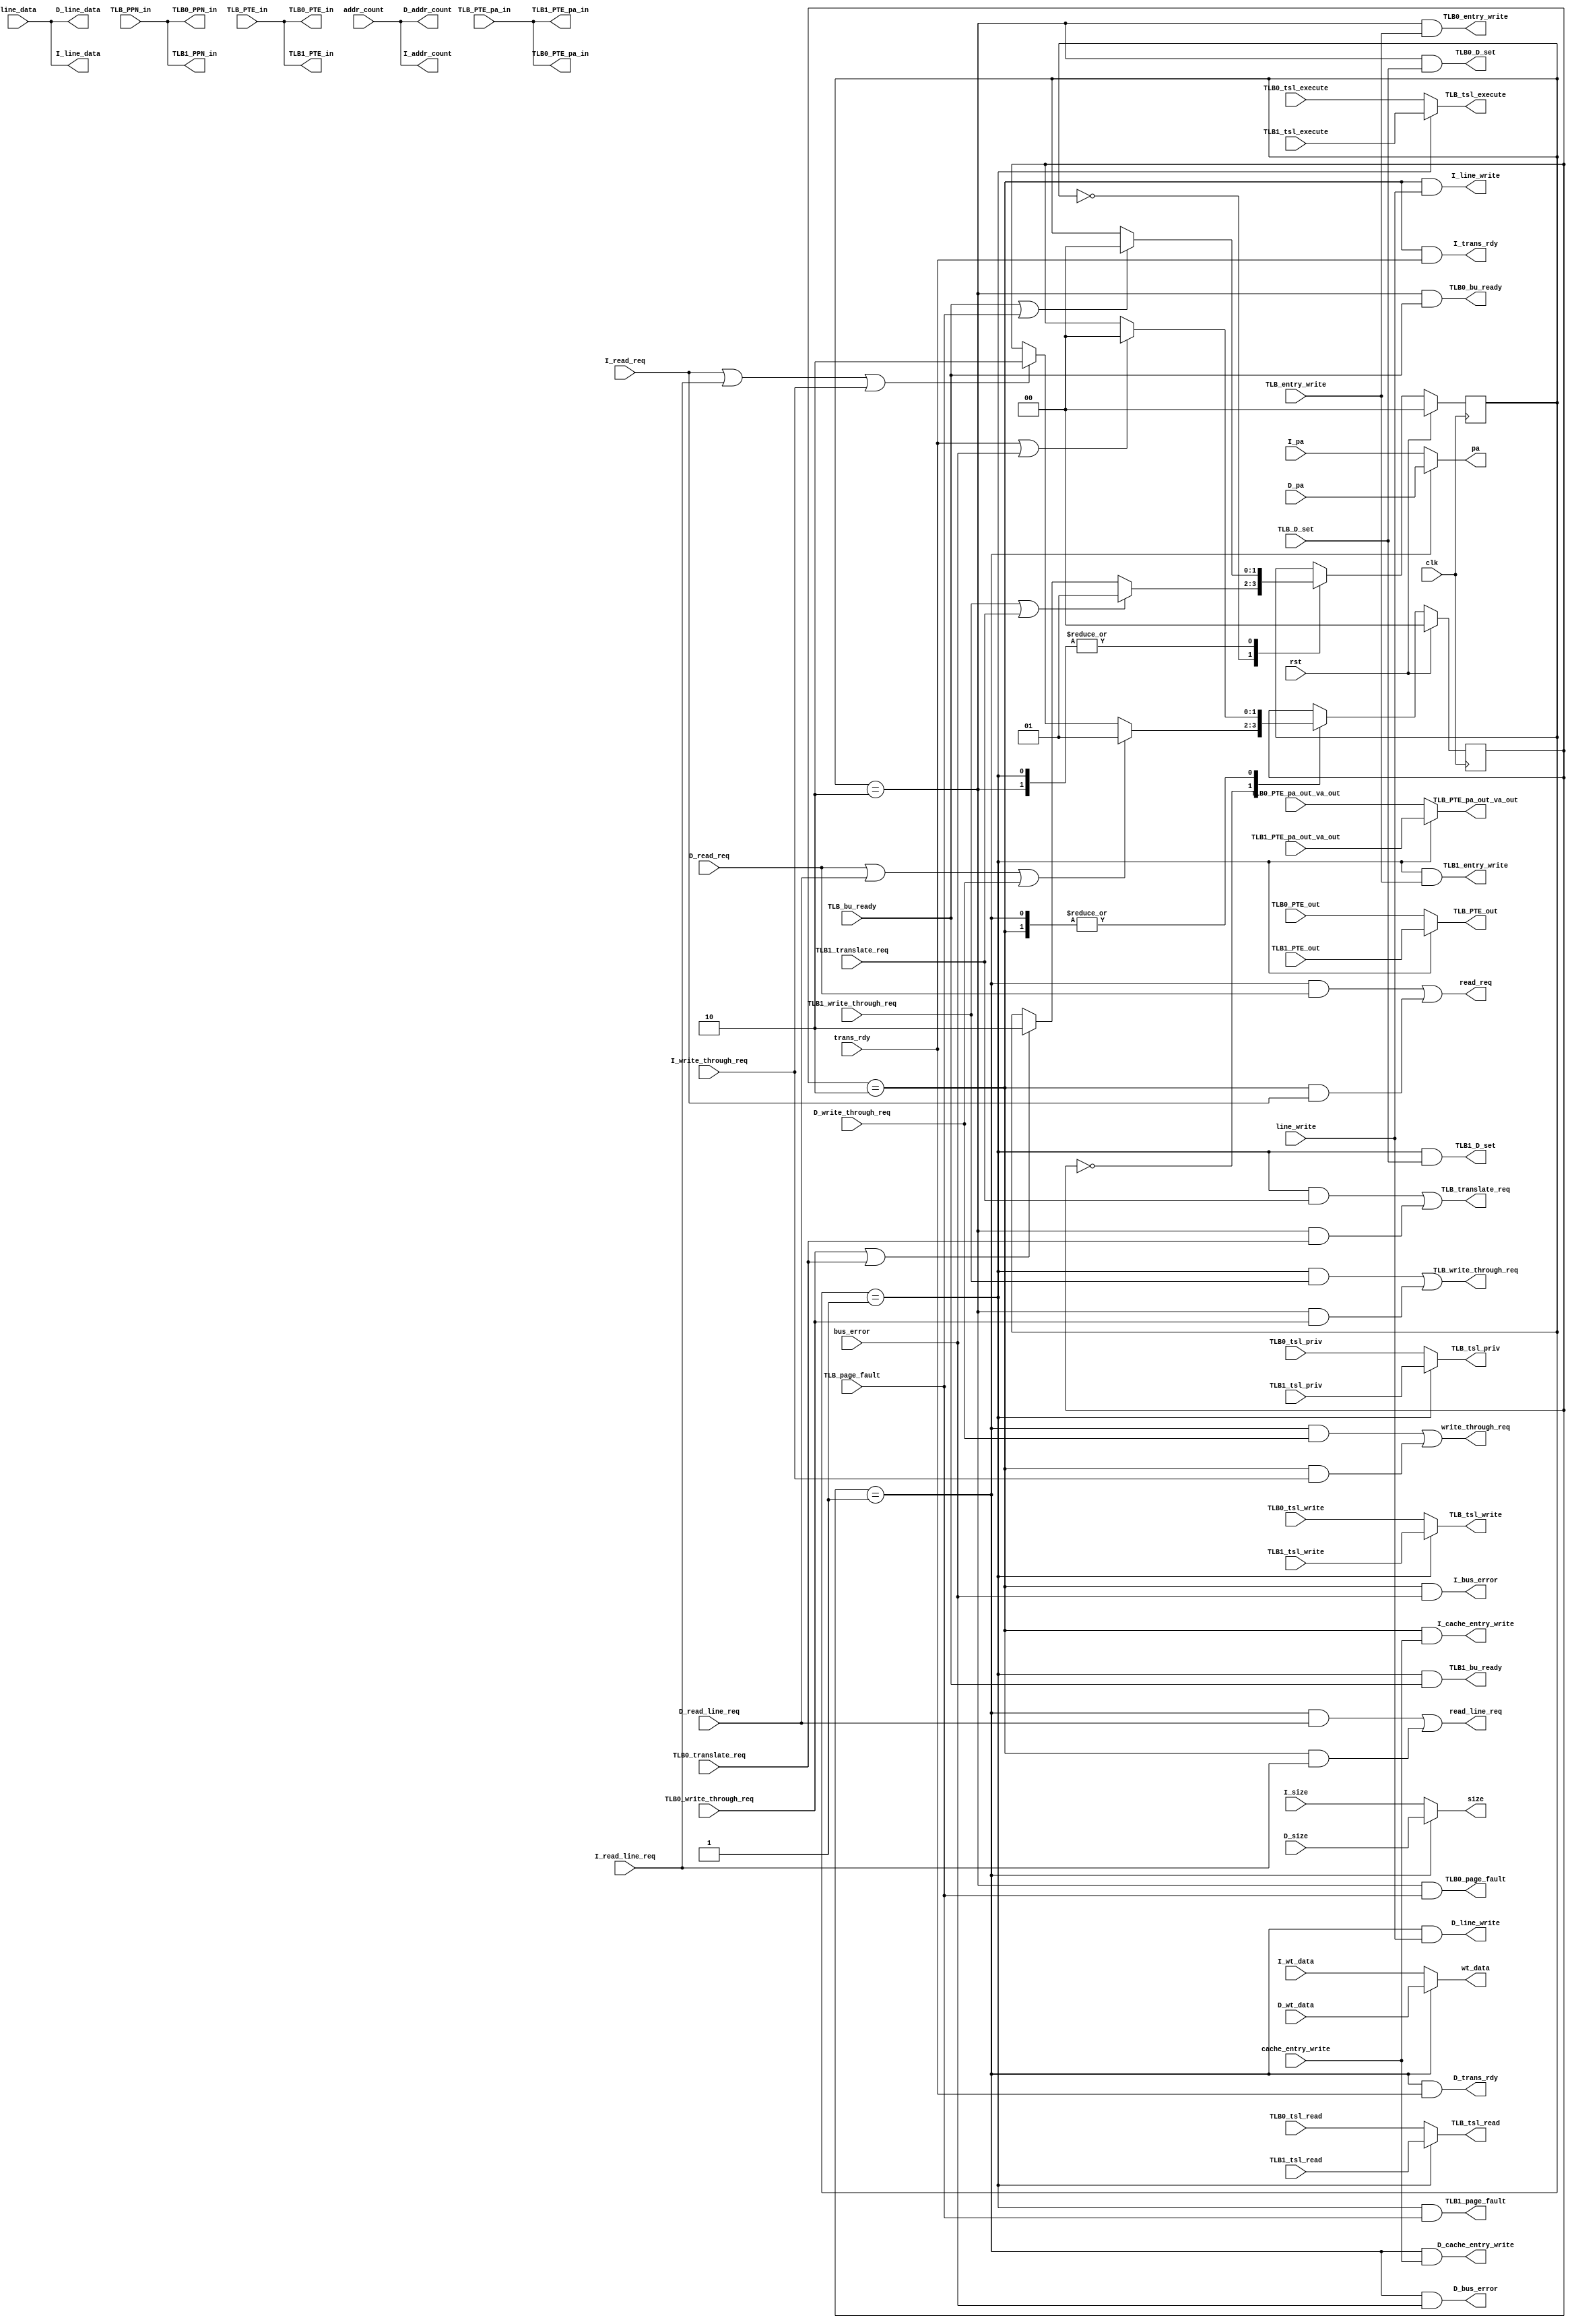
/*

*/
module bu_req_mux(
input wire clk,
input wire rst,
//TLB0
output wire [43:0]TLB0_PPN_in,			//						fanout=8
output wire [63:0]TLB0_PTE_in,		//					fanout=8
output wire [63:0]TLB0_PTE_pa_in,		//	fanout=8

input wire [63:0]TLB0_PTE_out,
input wire [63:0]TLB0_PTE_pa_out_va_out,

input wire TLB0_write_through_req,	//
input wire TLB0_translate_req,		//
input wire TLB0_tsl_execute,		//
input wire TLB0_tsl_read,
input wire TLB0_tsl_write,
input wire [3:0]TLB0_tsl_priv,

output wire TLB0_bu_ready,
output wire TLB0_entry_write,
output wire TLB0_D_set,
output wire TLB0_page_fault,
//TLB1
output wire [43:0]TLB1_PPN_in,
output wire [63:0]TLB1_PTE_in,		//
output wire [63:0]TLB1_PTE_pa_in,		//

input wire [63:0]TLB1_PTE_out,
input wire [63:0]TLB1_PTE_pa_out_va_out,

input wire TLB1_write_through_req,	//
input wire TLB1_translate_req,		//
input wire TLB1_tsl_execute,		//
input wire TLB1_tsl_read,
input wire TLB1_tsl_write,
input wire [3:0]TLB1_tsl_priv,

output wire TLB1_bu_ready,
output wire TLB1_entry_write,
output wire TLB1_D_set,
output wire TLB1_page_fault,

//TLB_bus_unit
input wire [43:0]TLB_PPN_in,
input wire [63:0]TLB_PTE_in,		//
input wire [63:0]TLB_PTE_pa_in,		//

output wire [63:0]TLB_PTE_out,
output wire [63:0]TLB_PTE_pa_out_va_out,

output wire TLB_write_through_req,	//
output wire TLB_translate_req,		//
output wire TLB_tsl_execute,		//
output wire TLB_tsl_read,
output wire TLB_tsl_write,
output wire [3:0]TLB_tsl_priv,

input wire TLB_bu_ready,
input wire TLB_entry_write,
input wire TLB_D_set,
input wire TLB_page_fault,
//cache bug unit
//L1-I
input wire I_write_through_req,	//
input wire I_read_req,			//
input wire I_read_line_req,		//
input wire [3:0]I_size,
input wire [63:0]I_pa,			//
input wire [63:0]I_wt_data,
output wire [63:0]I_line_data,
output wire [10:0]I_addr_count,
output wire I_line_write,			//cache
output wire I_cache_entry_write,	//entry
output wire I_trans_rdy,			//
output wire I_bus_error,			//
//L1-D
input wire D_write_through_req,	//
input wire D_read_req,			//
input wire D_read_line_req,		//
input wire [3:0]D_size,
input wire [63:0]D_pa,			//
input wire [63:0]D_wt_data,
output wire [63:0]D_line_data,
output wire [10:0]D_addr_count,
output wire D_line_write,			//cache
output wire D_cache_entry_write,	//entry
output wire D_trans_rdy,			//
output wire D_bus_error,			//
//L1 bus unit
output wire write_through_req,	//
output wire read_req,			//
output wire read_line_req,		//
output wire [3:0]size,
output wire [63:0]pa,			//
output wire [63:0]wt_data,
input wire [63:0]line_data,
input wire [10:0]addr_count,
input wire line_write,			//cache
input wire cache_entry_write,	//entry
input wire trans_rdy,			//
input wire bus_error			//
);

reg [1:0]TLB_access_state;	//
wire TLB1_access;		//TLB1
wire TLB0_access;

always@(posedge clk)begin
	if(rst )begin
		TLB_access_state	<=	2'b0;
	end
	else begin
		case(TLB_access_state)
			2'b00	:	if(TLB1_write_through_req|TLB1_translate_req)begin
							TLB_access_state	<=	2'b01;			//TLB1
						end
						else if(TLB0_write_through_req|TLB0_translate_req)begin
							TLB_access_state	<=	2'b10;			//TLB0
						end
	
			2'b01	:	TLB_access_state	<=	(TLB_bu_ready | TLB_page_fault) ? 2'b00 : TLB_access_state;
			2'b10	:	TLB_access_state	<=	(TLB_bu_ready | TLB_page_fault) ? 2'b00 : TLB_access_state;
		endcase
	end
end
assign TLB1_access	=	(TLB_access_state==2'b01);
assign TLB0_access	=	(TLB_access_state==2'b10);
		
//TLB BU
assign TLB_PTE_out	=	TLB1_access ? TLB1_PTE_out : TLB0_PTE_out;
assign TLB_PTE_pa_out_va_out	=	TLB1_access ? TLB1_PTE_pa_out_va_out : TLB0_PTE_pa_out_va_out;

assign TLB_write_through_req	=	TLB1_access & TLB1_write_through_req | TLB0_access & TLB0_write_through_req;	//
assign TLB_translate_req		=	TLB1_access & TLB1_translate_req | TLB0_access & TLB0_translate_req;		//
assign TLB_tsl_execute			=	TLB1_access ? TLB1_tsl_execute : TLB0_tsl_execute;		//
assign TLB_tsl_read				=	TLB1_access ? TLB1_tsl_read : TLB0_tsl_read;
assign TLB_tsl_write			=	TLB1_access ? TLB1_tsl_write : TLB0_tsl_write;
assign TLB_tsl_priv				=	TLB1_access ? TLB1_tsl_priv  : TLB0_tsl_priv;

//TLB0
assign TLB0_PPN_in	=	TLB_PPN_in;
assign TLB0_PTE_in	=	TLB_PTE_in;		//
assign TLB0_PTE_pa_in=	TLB_PTE_pa_in;		//

assign TLB0_bu_ready	=	TLB0_access & TLB_bu_ready;
assign TLB0_entry_write	=	TLB0_access & TLB_entry_write;
assign TLB0_D_set		=	TLB0_access & TLB_D_set;
assign TLB0_page_fault	=	TLB0_access & TLB_page_fault;

//TLB1
assign TLB1_PPN_in	=	TLB_PPN_in;
assign TLB1_PTE_in	=	TLB_PTE_in;		//
assign TLB1_PTE_pa_in=	TLB_PTE_pa_in;		//

assign TLB1_bu_ready	=	TLB1_access & TLB_bu_ready;
assign TLB1_entry_write	=	TLB1_access & TLB_entry_write;
assign TLB1_D_set		=	TLB1_access & TLB_D_set;
assign TLB1_page_fault	=	TLB1_access & TLB_page_fault;

//D
reg [1:0]cache_access_state;
wire D_access;
wire I_access;

always@(posedge clk)begin
	if(rst)begin
		cache_access_state	<=	2'b00;
	end
	else begin
		case(cache_access_state)
			2'b00	:	if(D_read_req|D_read_line_req|D_write_through_req)begin
							cache_access_state	<=	2'b01;			//D
						end
						else if(I_read_req|I_read_line_req|I_write_through_req)begin
							cache_access_state	<=	2'b10;			//TLB0
						end
			2'b01	:	cache_access_state	<=	(trans_rdy | bus_error) ? 2'b00 : cache_access_state;
			2'b10	:	cache_access_state	<=	(trans_rdy | bus_error) ? 2'b00 : cache_access_state;
		endcase
	end
end
assign D_access	=	(cache_access_state==2'b01);
assign I_access	=	(cache_access_state==2'b10);

//cache bus unit
//access
assign write_through_req	=	D_access & D_write_through_req | I_access & I_write_through_req;	//
assign read_req				=	D_access & D_read_req | I_access & I_read_req;			//
assign read_line_req		=	D_access & D_read_line_req | I_access & I_read_line_req;		//

assign size					=	D_access ? D_size : I_size;
assign pa					=	D_access ? D_pa : I_pa;			
assign wt_data				=	D_access ? D_wt_data : I_wt_data;
//L1-I
assign I_line_data	=	line_data;
assign I_addr_count	=	addr_count;
assign I_line_write	=	I_access & line_write;			//cache
assign I_cache_entry_write	=	I_access & cache_entry_write;	//entry
assign I_trans_rdy	=	I_access & trans_rdy;		//
assign I_bus_error	=	I_access & bus_error;			//
//L1D
assign D_line_data	=	line_data;
assign D_addr_count	=	addr_count;
assign D_line_write	=	D_access & line_write;			//cache
assign D_cache_entry_write	=	D_access & cache_entry_write;	//entry
assign D_trans_rdy	=	D_access & trans_rdy;		//
assign D_bus_error	=	D_access & bus_error;			//


endmodule